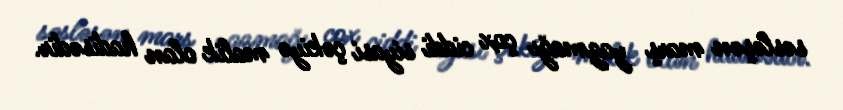
səsləşən marş yazmağı çox ciddi siyasi çəkiyə malik olan hadisədir.